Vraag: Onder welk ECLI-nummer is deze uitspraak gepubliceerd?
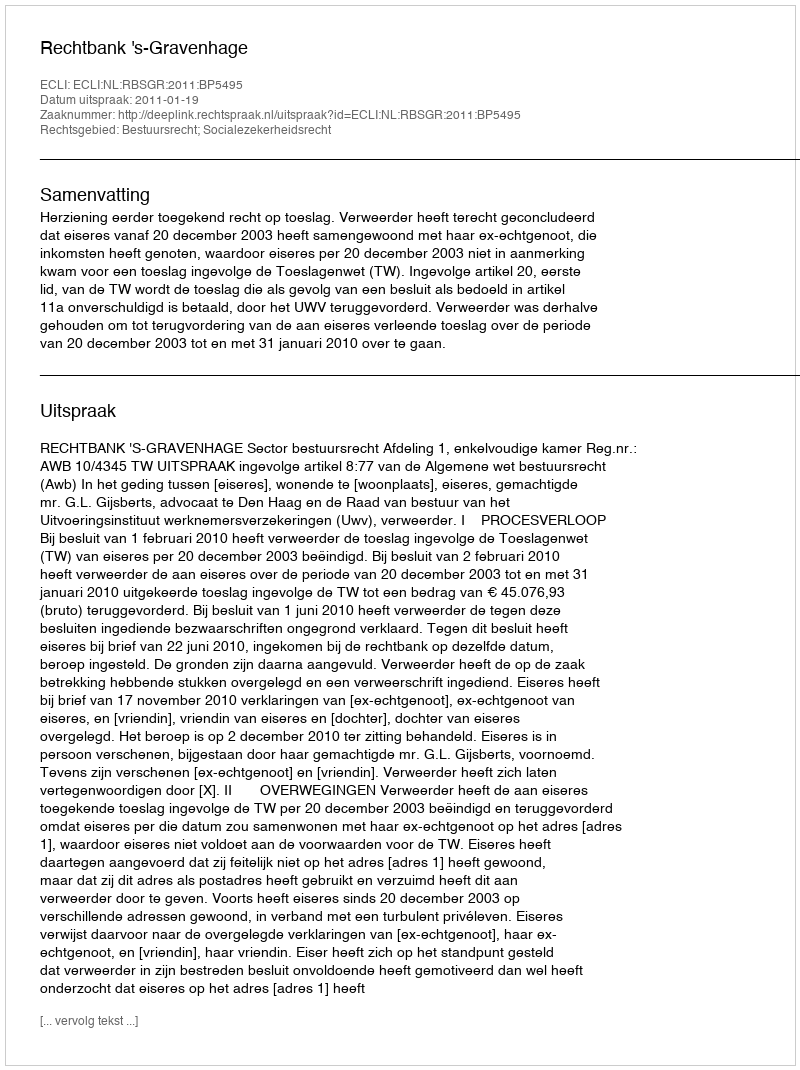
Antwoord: ECLI:NL:RBSGR:2011:BP5495